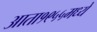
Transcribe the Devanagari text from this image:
आता१९५५मध्ये